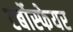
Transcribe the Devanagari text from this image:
टर्बोस्फेयर